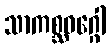
သာကစ္ဆဝဂ္ဂေါ